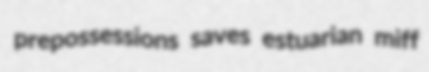
prepossessions saves estuarian miff